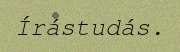
Írástudás.